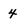
Character: 4